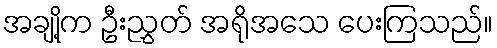
အချို့က ဦးညွှတ် အရိုအသေ ပေးကြသည်။